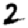
Digit: 2